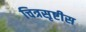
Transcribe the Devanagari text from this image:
चित्रसृष्टीस